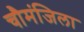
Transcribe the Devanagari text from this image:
चौमंजिला